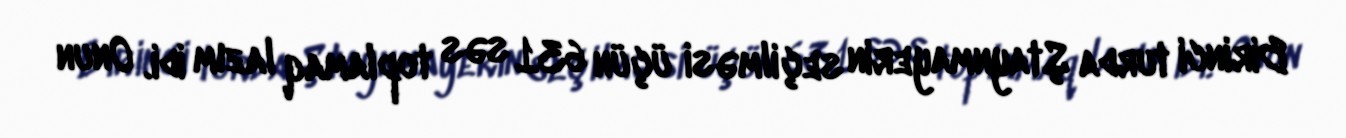
Birinci turda Ştaynmayerin seçilməsi üçün 631 səs toplamaq lazım idi. Onun